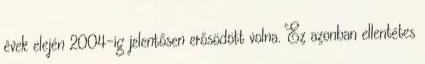
évek elején 2004-ig jelentősen erősödött volna. Ez azonban ellentétes